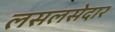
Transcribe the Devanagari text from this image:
लसलसेदार